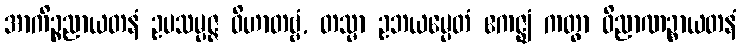
အာကိဉ္စညာယတနံ ဥပသမ္ပဇ္ဇ ဝိဟာတဗ္ဗံ, တသ္မာ ဥဘယမ္ပေတံ ဧကဇ္ဈံ ကတွာ ဝိညာဏဉ္စာယတနံ